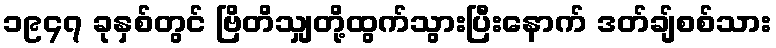
၁၉၄၇ ခုနှစ်တွင် ဗြိတိသျှတို့ထွက်သွားပြီးနောက် ဒတ်ချ်စစ်သား